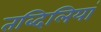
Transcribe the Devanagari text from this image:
तब्दिलियां